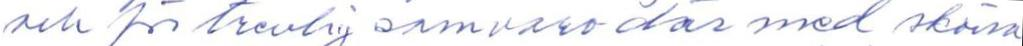
nen för trevlig samvaro där med sköna